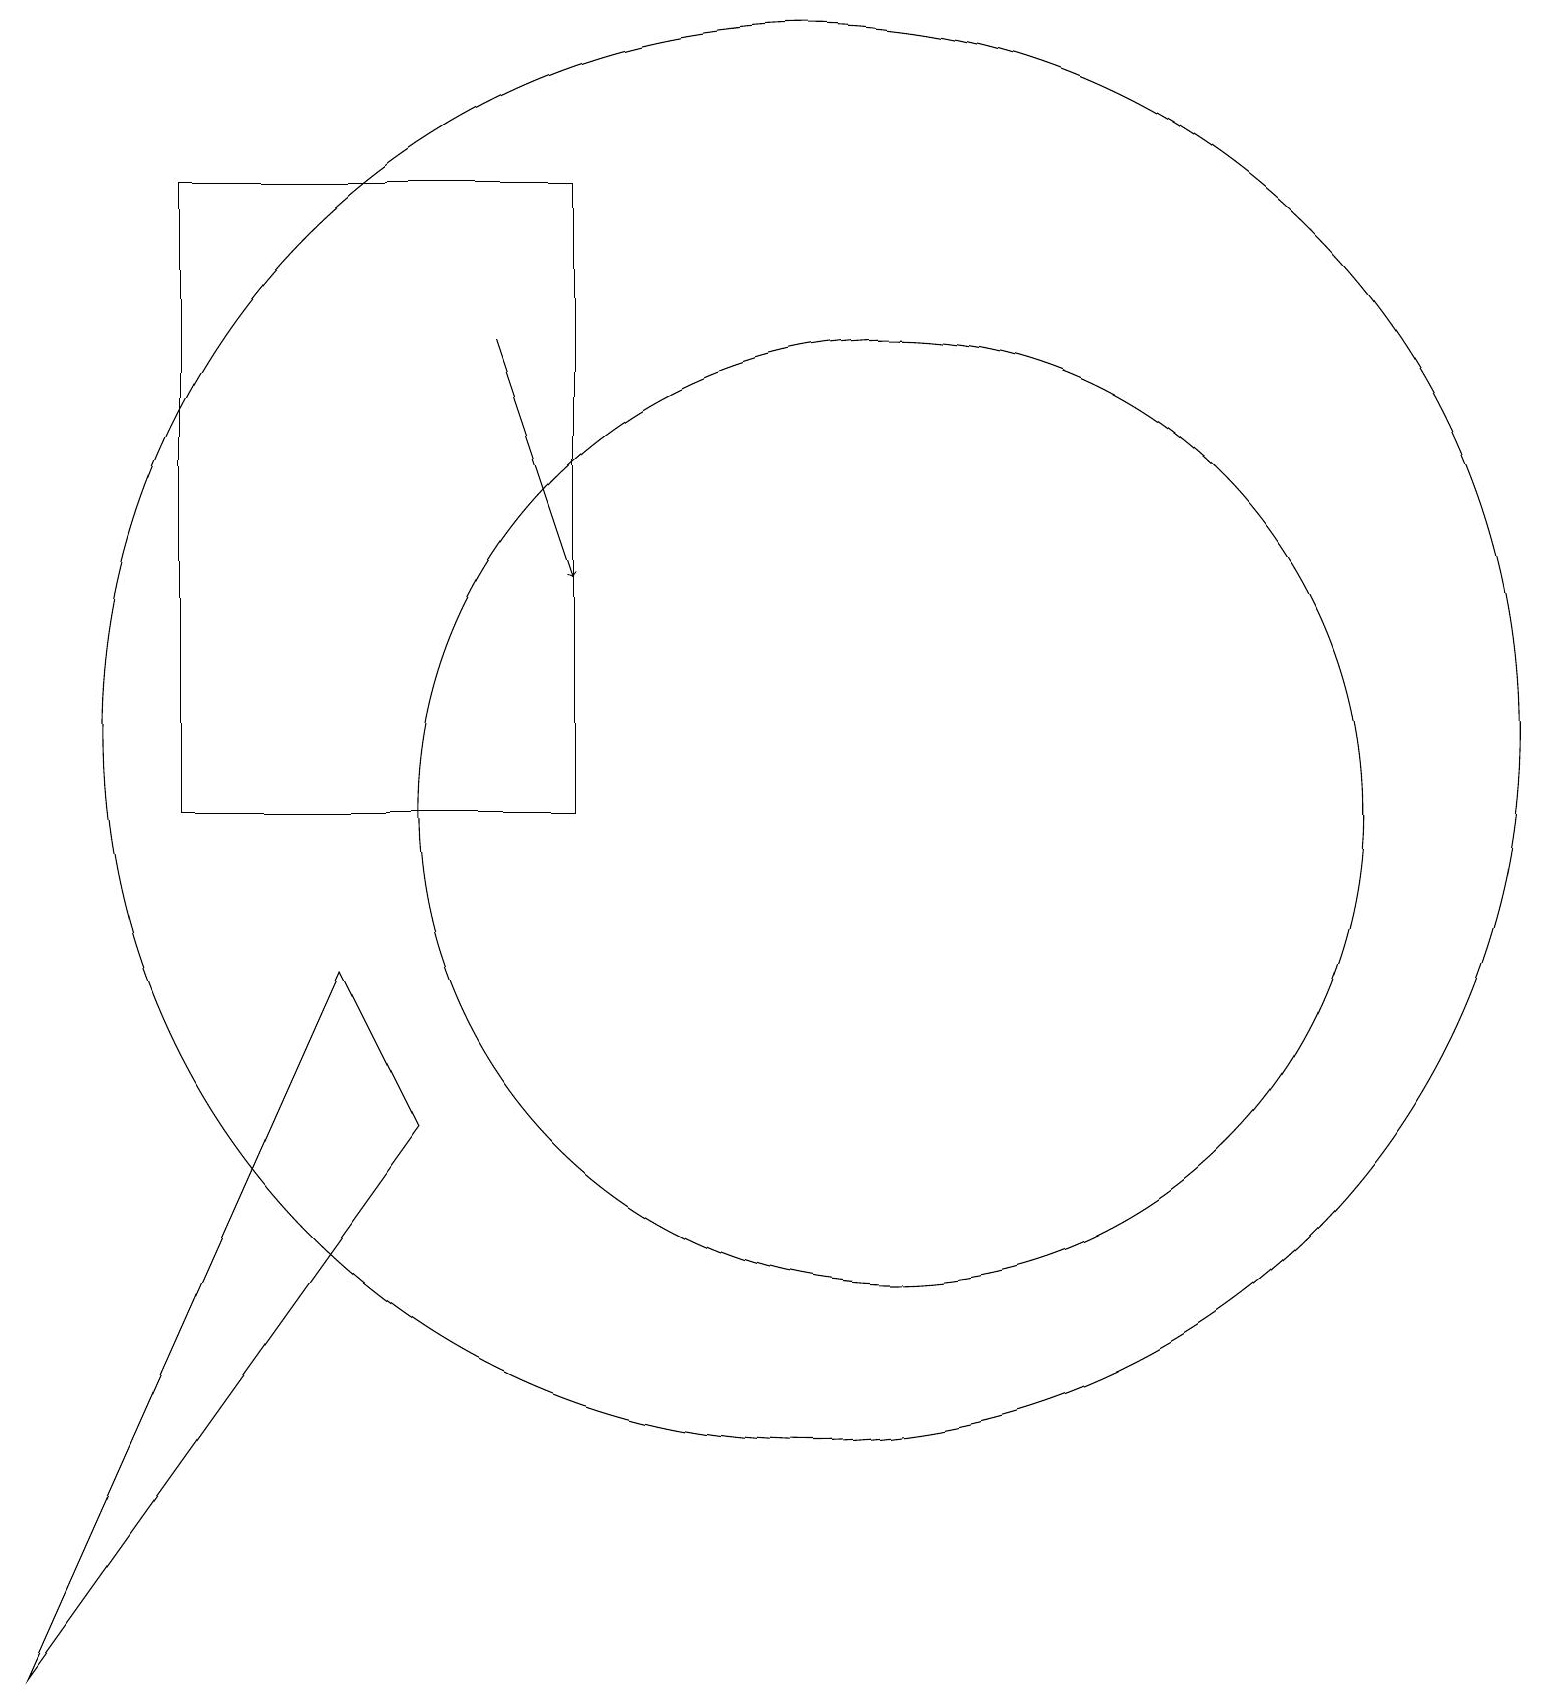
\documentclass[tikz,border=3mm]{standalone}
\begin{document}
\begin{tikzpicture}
\draw (12,10) circle (0);
\draw[->] (6,17) -- (7,14);
\draw (11,11) circle (6);
\draw (10,12) circle (9);
\draw (2,19) rectangle (7,11);
\draw (5,7) -- (4,9) -- (0,0) -- cycle;
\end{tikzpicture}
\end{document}